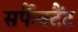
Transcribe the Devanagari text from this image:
सर्फैक्टैंट